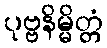
ပုဗ္ဗနိမ္မိတ္တံ